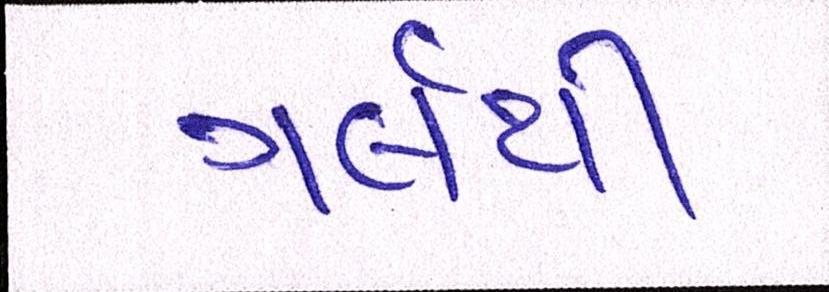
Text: ગર્લથી